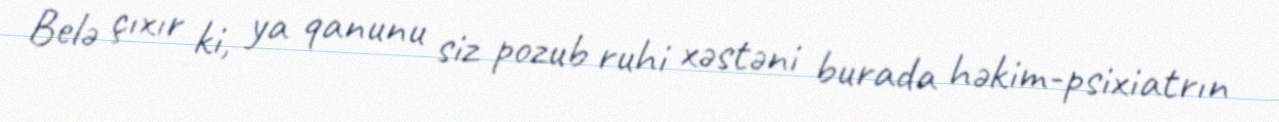
Belə çıxır ki, ya qanunu siz pozub ruhi xəstəni burada həkim-psixiatrın